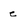
Character: e